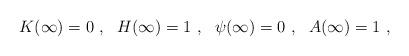
LaTeX: \begin{align*}K(\infty)=0 \ , \ \ H(\infty)=1 \ , \ \ \psi(\infty)=0 \ , \ \ A(\infty)=1\ , \end{align*}